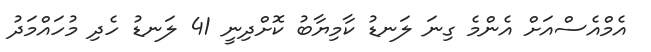
އެމްއެސްއަށް އެންމެ ގިނަ ލަނޑު ކާމިޔާބު ކޮށްދިނީ 41 ލަނޑު ހެދި މުހައްމަދު